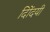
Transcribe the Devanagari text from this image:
दिोंदयी